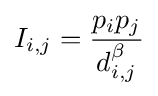
I_{i,j}={\frac {p_{i}p_{j}}{d_{i,j}^{\beta }}}